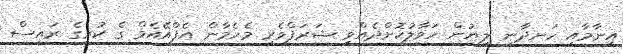
އިނާމާއި ހަނދާނީ ލިޔުން ހަވާލުކޮށްދެއްވީ ޝަރަފްވެރި މެހެމާން އެފްއޭއެމް ގެ ކުރީގެ ރައީސް